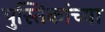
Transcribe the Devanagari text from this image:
पुस्तिकांच्‍या